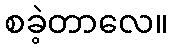
စခဲ့တာလေ။